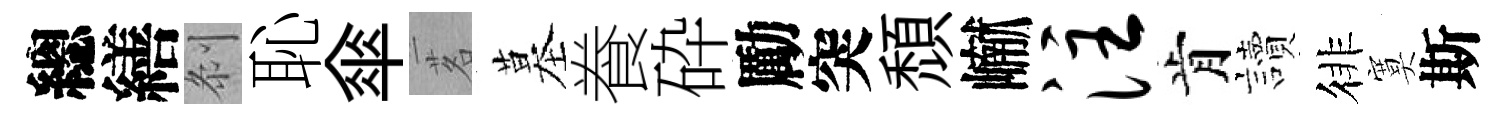
總繕𠛴恥傘茗墓飬砕勵突頹𪩘注肯讀徘寞斯